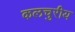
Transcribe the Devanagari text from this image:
कलचुरीय